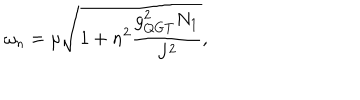
\omega _ { n } = \mu \sqrt { 1 + n ^ { 2 } \frac { g _ { Q G T } ^ { 2 } N _ { 1 } } { J ^ { 2 } } } ,